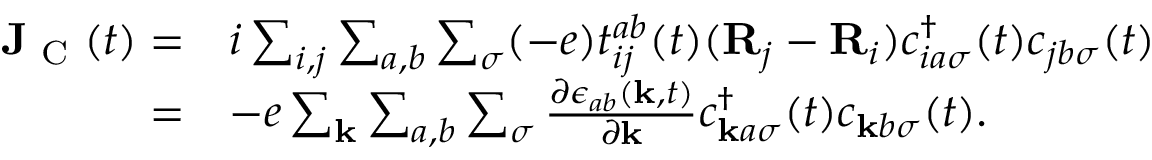
\begin{array} { r l } { \mathbf { J } _ { \textrm { C } } ( t ) = } & { i \sum _ { i , j } \sum _ { a , b } \sum _ { \sigma } ( - e ) t _ { i j } ^ { a b } ( t ) ( \mathbf { R } _ { j } - \mathbf { R } _ { i } ) c _ { i a \sigma } ^ { \dagger } ( t ) c _ { j b \sigma } ( t ) } \\ { = } & { - e \sum _ { \mathbf { k } } \sum _ { a , b } \sum _ { \sigma } \frac { \partial \epsilon _ { a b } ( \mathbf { k } , t ) } { \partial \mathbf { k } } c _ { \mathbf { k } a \sigma } ^ { \dagger } ( t ) c _ { \mathbf { k } b \sigma } ( t ) . } \end{array}